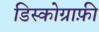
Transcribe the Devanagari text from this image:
डिस्कोग्राफ़ी